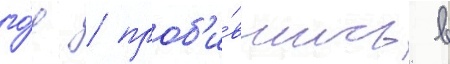
го́д / проб'и́вшись в